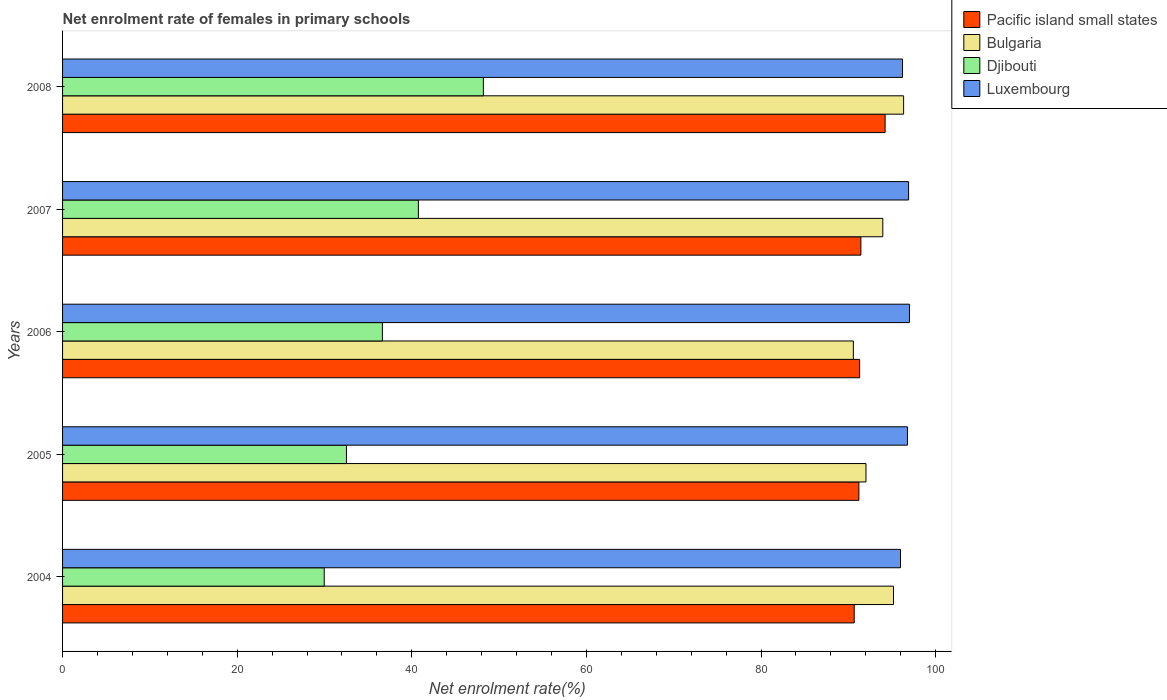
| Years | Pacific island small states | Bulgaria | Djibouti | Luxembourg |
 | --- | --- | --- | --- | --- |
 | 2004 | 90.7 | 95.2 | 30 | 96 |
 | 2005 | 91.2 | 92 | 32.5 | 96.8 |
 | 2006 | 91.3 | 90.6 | 36.6 | 97 |
 | 2007 | 91.4 | 93.9 | 40.8 | 96.9 |
 | 2008 | 94.2 | 96.3 | 48.2 | 96.2 |